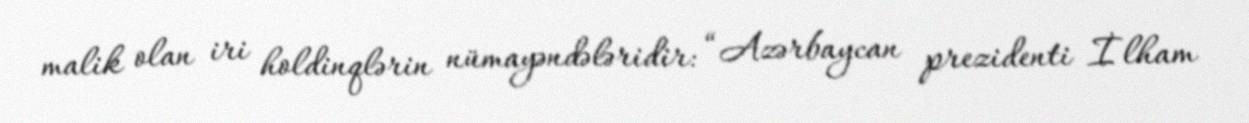
malik olan iri holdinqlərin nümayəndələridir: “Azərbaycan prezidenti İlham